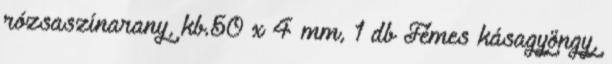
rózsaszínarany, kb.50 x 4 mm, 1 db Fémes kásagyöngy,